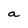
Character: a